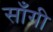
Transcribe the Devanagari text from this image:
साँगी